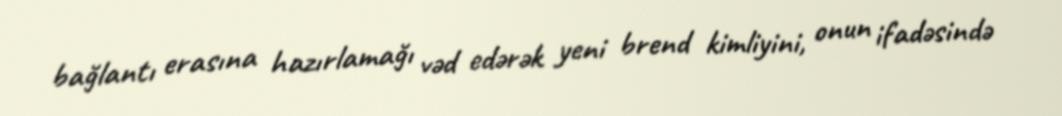
bağlantı erasına hazırlamağı vəd edərək yeni brend kimliyini, onun ifadəsində